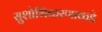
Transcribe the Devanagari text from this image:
सुशोभिकरणाकडे